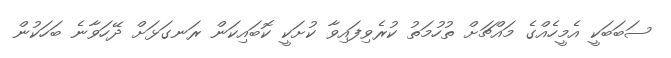
ސަބަބަކީ އެމީހެއްގެ މައްޗަށް ތުހުމަތު ކުރެވިފައިވާ ކުށަކީ ކޮބައިކަން ރަނގަޅަށް ދޭހަވާނެ ބަހަކުން